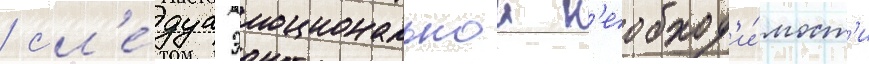
/ сл'е́дуа эмоциональнои н'еобход'и́мост'и